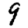
Digit: 9